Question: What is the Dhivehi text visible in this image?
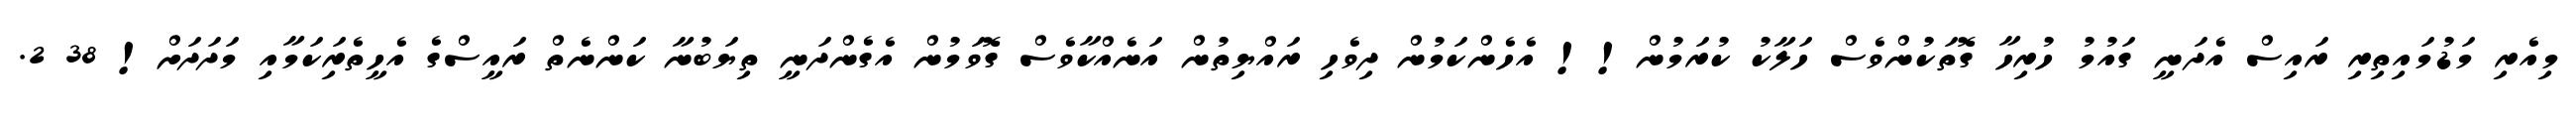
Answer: މިއެރި މަޑުމައިތިރި ރައިސް އެދަނީ ގައުމު ހުރިހާ ގޮތަކުންވެސް ހަލާކު ކުރަމުން!! އެހެންކަމުން ދިވެހި ރައްޔިތުން އަނެއްކާވެސް ގޮވަމުން އެގެންދަނީ ތިޔަބުނާ ކަންނެތް ރައީސްގެ އެހީތެރިަކަމާއި މަދަދަށް! 38 2.